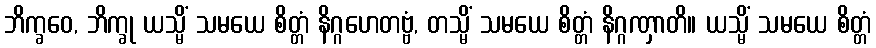
ဘိက္ခဝေ, ဘိက္ခု ယသ္မိံ သမယေ စိတ္တံ နိဂ္ဂဟေတဗ္ဗံ, တသ္မိံ သမယေ စိတ္တံ နိဂ္ဂဏှာတိ။ ယသ္မိံ သမယေ စိတ္တံ